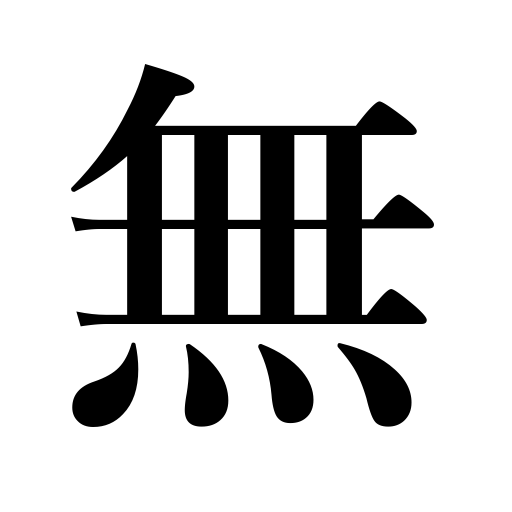
Meanings: if there were none,unless,negation,nil,were it not for,nothing